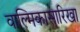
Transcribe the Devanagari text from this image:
वाल्मिकासारिखा